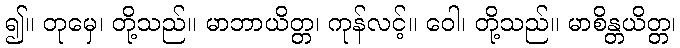
၍။ တုမှေ၊ တို့သည်။ မာဘာယိတ္တ၊ ကုန်လင့်။ ဝေါ၊ တို့သည်။ မာစိန္တယိတ္တ၊